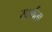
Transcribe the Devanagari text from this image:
खर्गला